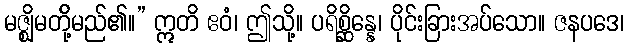
မဇ္ဈိမတို့်မည်၏။” ဣတိ ဧဝံ၊ ဤသို့။ ပရိစ္ဆိန္နေ၊ ပိုင်းခြားအပ်သော။ ဇနပဒေ၊